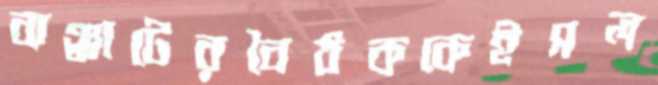
ঝঞ্ঝাটেরবৈঠককেইসল